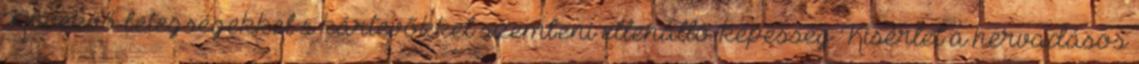
Növekvő betegségekkel s kártevőkkel szembeni ellenálló-képesség Kísérlet a hervadásos